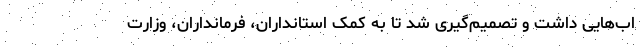
اب‌هایی داشت و تصمیم‌گیری شد تا به کمک استانداران، فرمانداران، وزارت